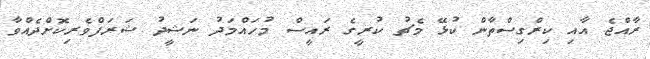
ރާއްޖެ އާއި ކިރްގިސްތާން ކުޅޭ މެޗު ކުރީގެ ރައީސް މުހައްމަދު ނަޝީދު ޝަރަފްވެރިކޮށްދެއްވާ